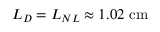
L _ { D } = L _ { N L } \approx 1 . 0 2 ~ \mathrm { c m }